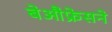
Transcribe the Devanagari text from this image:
बेऔफ्रेसने